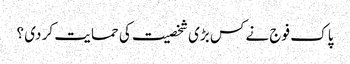
پا ک فوج نے کس بڑی شخصیت کی حما یت کر دی ؟